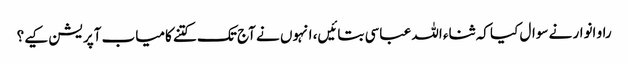
راو انوار نے سوال کیا کہ ثناء اللہ عباسی بتائیں، انہوں نے آج تک کتنے کامیاب آپریشن کیے؟